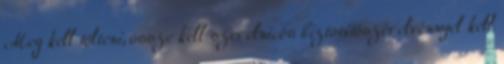
Meg kell tölteni, össze kell szerelni, és biztosítószerelvénnyel kell